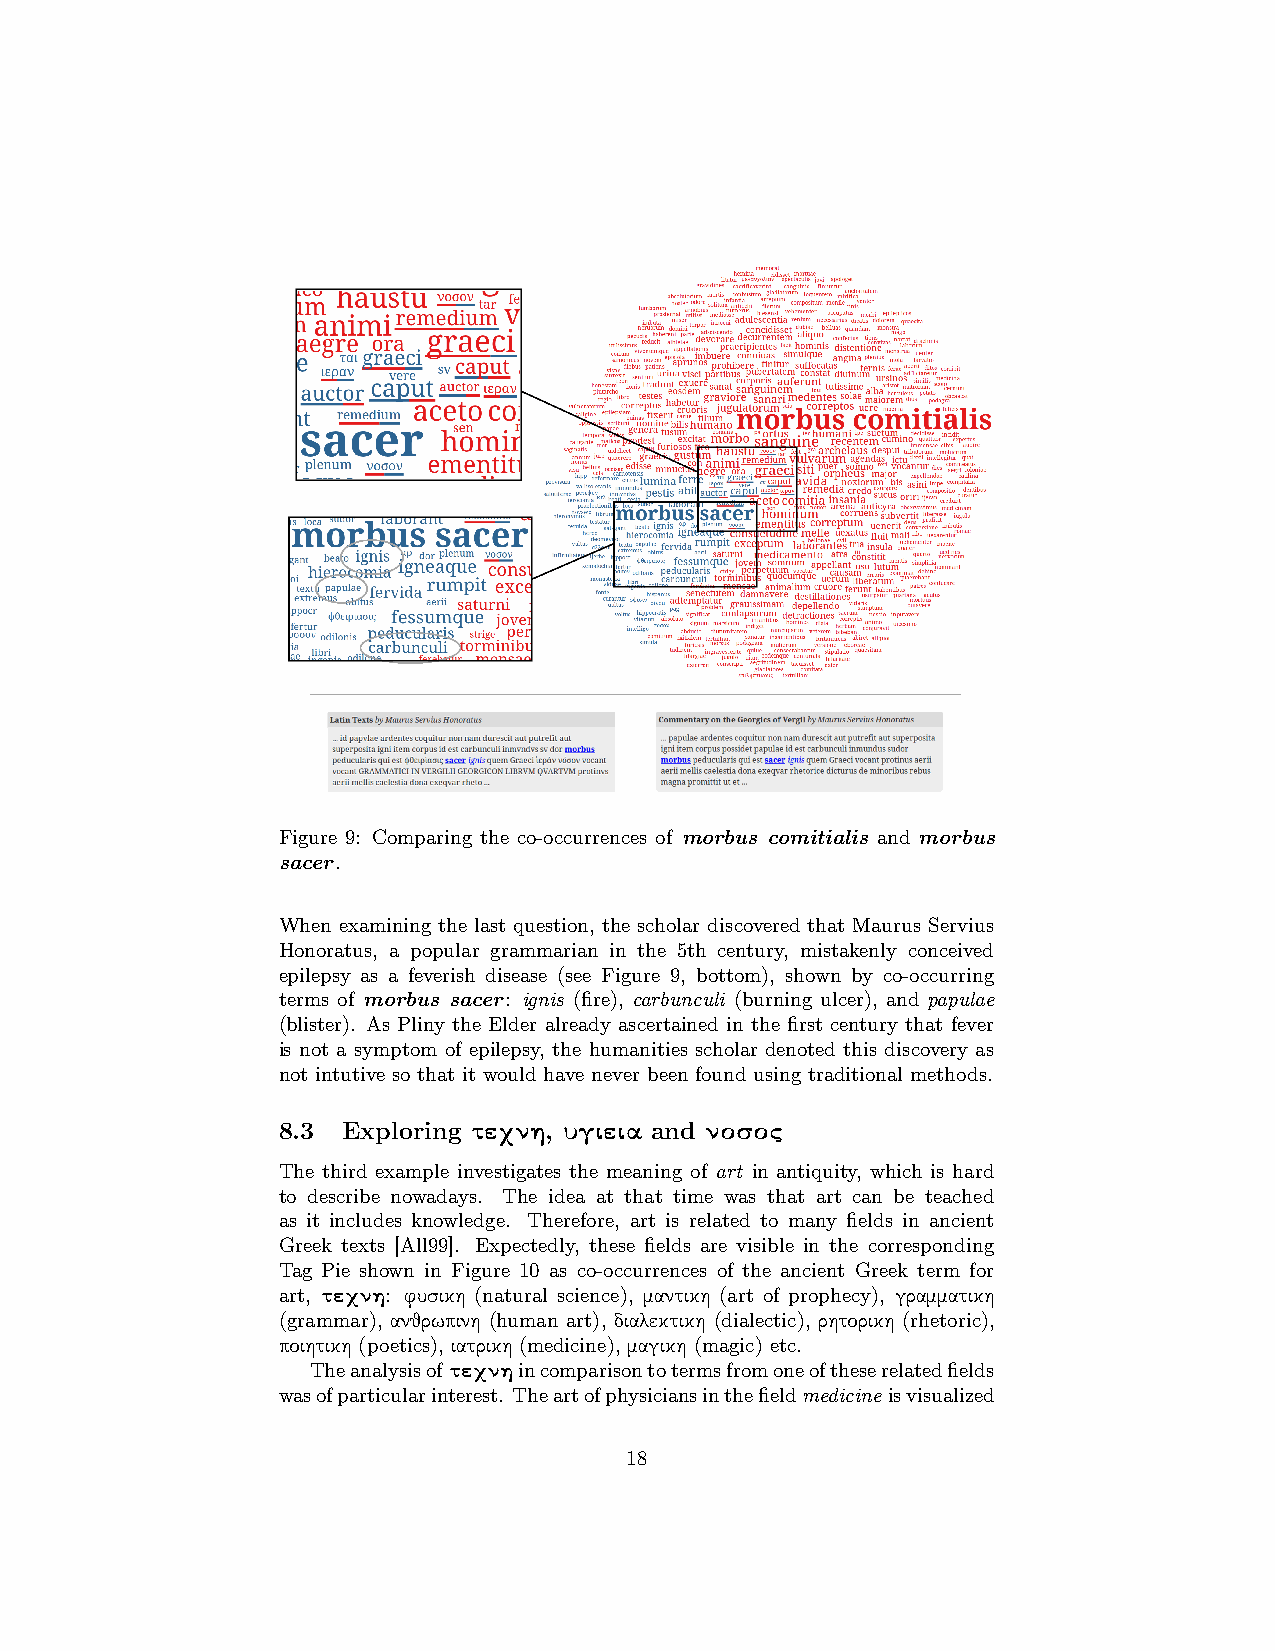
Figure 9: Comparing the co-occurrences of morbus comitialis and morbus
 sacer.
 When examining the last question, the scholar discovered that Maurus Servius
 Honoratus, a popular grammarian in the 5th century, mistakenly conceived
 epilepsy as a feverish disease (see Figure 9, bottom), shown by co-occurring
 terms of morbus sacer: ignis (fire), carbunculi (burning ulcer), and papulae
 (blister). As Pliny the Elder already ascertained in the first century that fever
 is not a symptom of epilepsy, the humanities scholar denoted this discovery as
 not intutive so that it would have never been found using traditional methods.
 8.3  Exploring τεχνη, υγιεια and νοσος
 The third example investigates the meaning of art in antiquity, which is hard
 to describe nowadays. The idea at that time was that art can be teached
 as it includes knowledge. Therefore, art is related to many fields in ancient
 Greek texts [All99]. Expectedly, these fields are visible in the corresponding
 Tag Pie shown in Figure 10 as co-occurrences of the ancient Greek term for
 art, τεχνη: φυσικη (natural science), μαντικη (art of prophecy), γραμματικη
 (grammar), ανθρωπινη (human art), διαλεκτικη (dialectic), ρητορικη (rhetoric),
 ποιητικη (poetics), ιατρικη (medicine), μαγικη (magic) etc.
 Theanalysisof τεχνηincomparisontotermsfromoneoftheserelatedfields
 wasofparticularinterest. Theartofphysiciansinthefieldmedicine isvisualized
 18